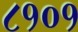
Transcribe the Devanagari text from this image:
८१०१